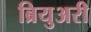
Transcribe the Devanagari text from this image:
ब्रियुअरी